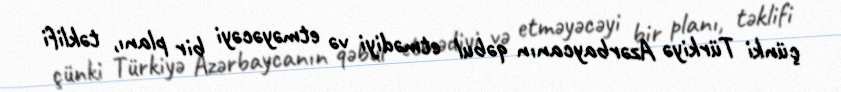
çünki Türkiyə Azərbaycanın qəbul etmədiyi və etməyəcəyi bir planı, təklifi